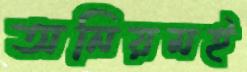
অনিয়মই